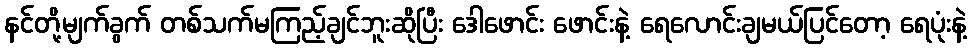
နင်တို့မျက်ခွက် တစ်သက်မကြည့်ချင်ဘူးဆိုပြီး ဒေါဖောင်း ဖောင်းနဲ့ ရေလောင်းချမယ်ပြင်တော့ ရေပုံးနဲ့